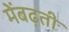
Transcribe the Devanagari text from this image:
मेंबढ़ती